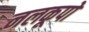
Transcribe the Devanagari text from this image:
नलकूपो